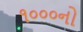
૧૦૦૦નો